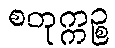
စတုက္ကဉ္စ